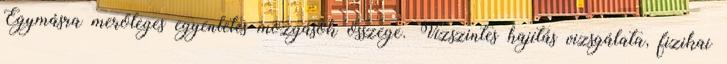
Egymásra merőleges egyenletes mozgások összege. Vízszintes hajítás vizsgálata, fizikai